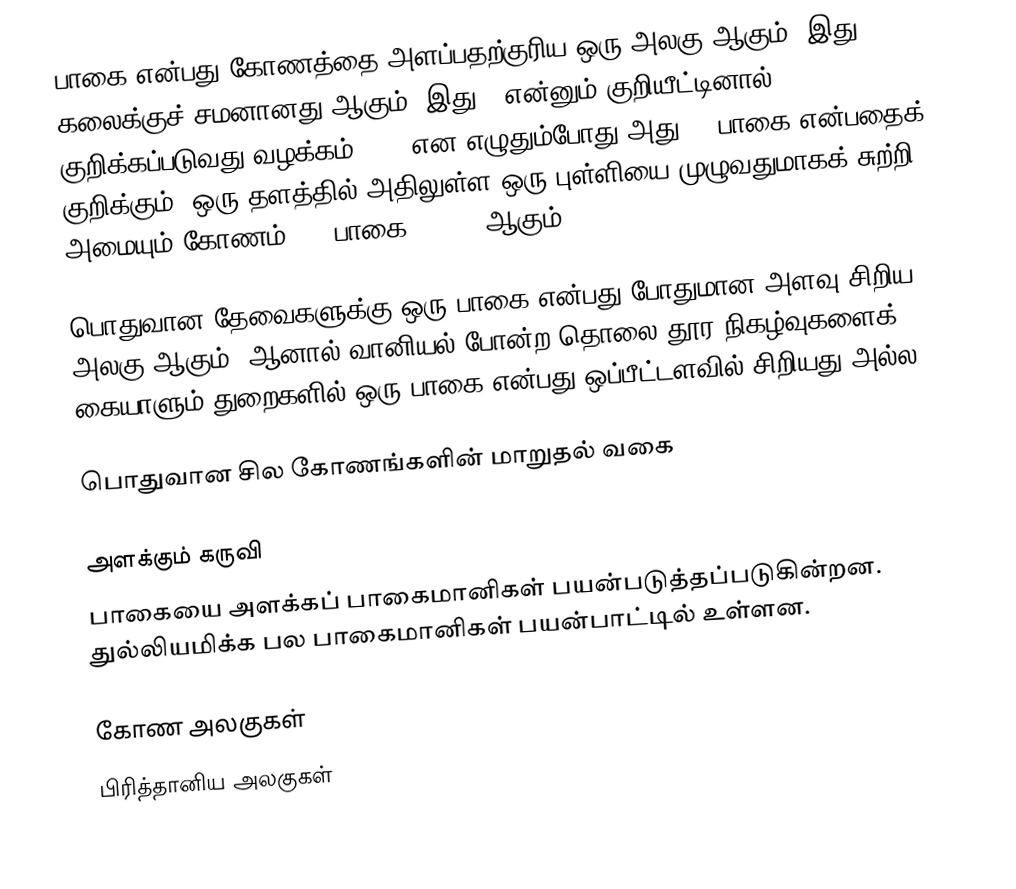
பாகை என்பது கோணத்தை அளப்பதற்குரிய ஒரு அலகு ஆகும். இது 60 கலைக்குச் சமனானது ஆகும். இது ° என்னும் குறியீட்டினால் குறிக்கப்படுவது வழக்கம். 60° என எழுதும்போது அது 60 பாகை என்பதைக் குறிக்கும். ஒரு தளத்தில் அதிலுள்ள ஒரு புள்ளியை முழுவதுமாகக் சுற்றி அமையும் கோணம் 360 பாகை (360°) ஆகும்.

பொதுவான தேவைகளுக்கு ஒரு பாகை என்பது போதுமான அளவு சிறிய அலகு ஆகும். ஆனால் வானியல் போன்ற தொலை தூர நிகழ்வுகளைக் கையாளும் துறைகளில் ஒரு பாகை என்பது ஒப்பீட்டளவில் சிறியது அல்ல.

பொதுவான சில கோணங்களின் மாறுதல் வகை

அளக்கும் கருவி
பாகையை அளக்கப் பாகைமானிகள் பயன்படுத்தப்படுகின்றன. துல்லியமிக்க பல பாகைமானிகள் பயன்பாட்டில் உள்ளன.

கோண அலகுகள்
பிரித்தானிய அலகுகள்